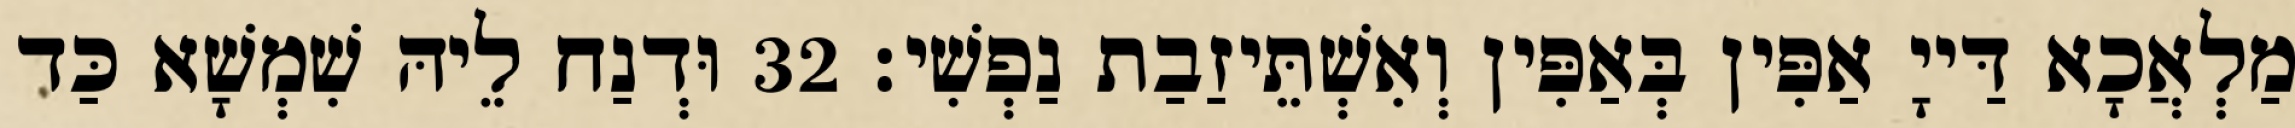
מַלְאֲכָא דַּייָ אַפִּין בְּאַפִּין וְאִשְׁתֵּיזַבַת נַפְשִׁי׃ 32 וּדְנַח לֵיהּ שִׁמְשָׁא כַּד